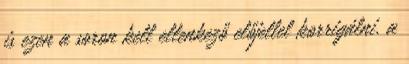
is ezen a soron kell ellenkező előjellel korrigálni. a